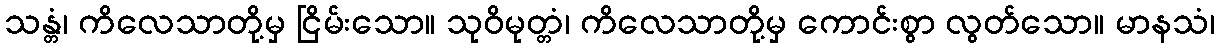
သန္တံ၊ ကိလေသာတို့မှ ငြိမ်းသော။ သုဝိမုတ္တံ၊ ကိလေသာတို့မှ ကောင်းစွာ လွတ်သော။ မာနသံ၊